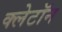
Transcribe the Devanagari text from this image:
क्लेटॉन